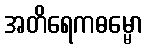
အတိရေကဓမ္မော